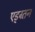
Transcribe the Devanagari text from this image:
एड्ग्र्तन